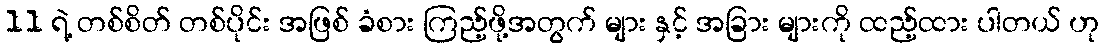
11 ရဲ့ တစ်စိတ် တစ်ပိုင်း အဖြစ် ခံစား ကြည့်ဖို့အတွက် များ နှင့် အခြား များကို ထည့်ထား ပါတယ် ဟု